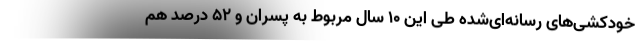
خودکشی‌های رسانه‌ای‌شده طی این ۱۰ سال مربوط به پسران و ۵۲ درصد هم